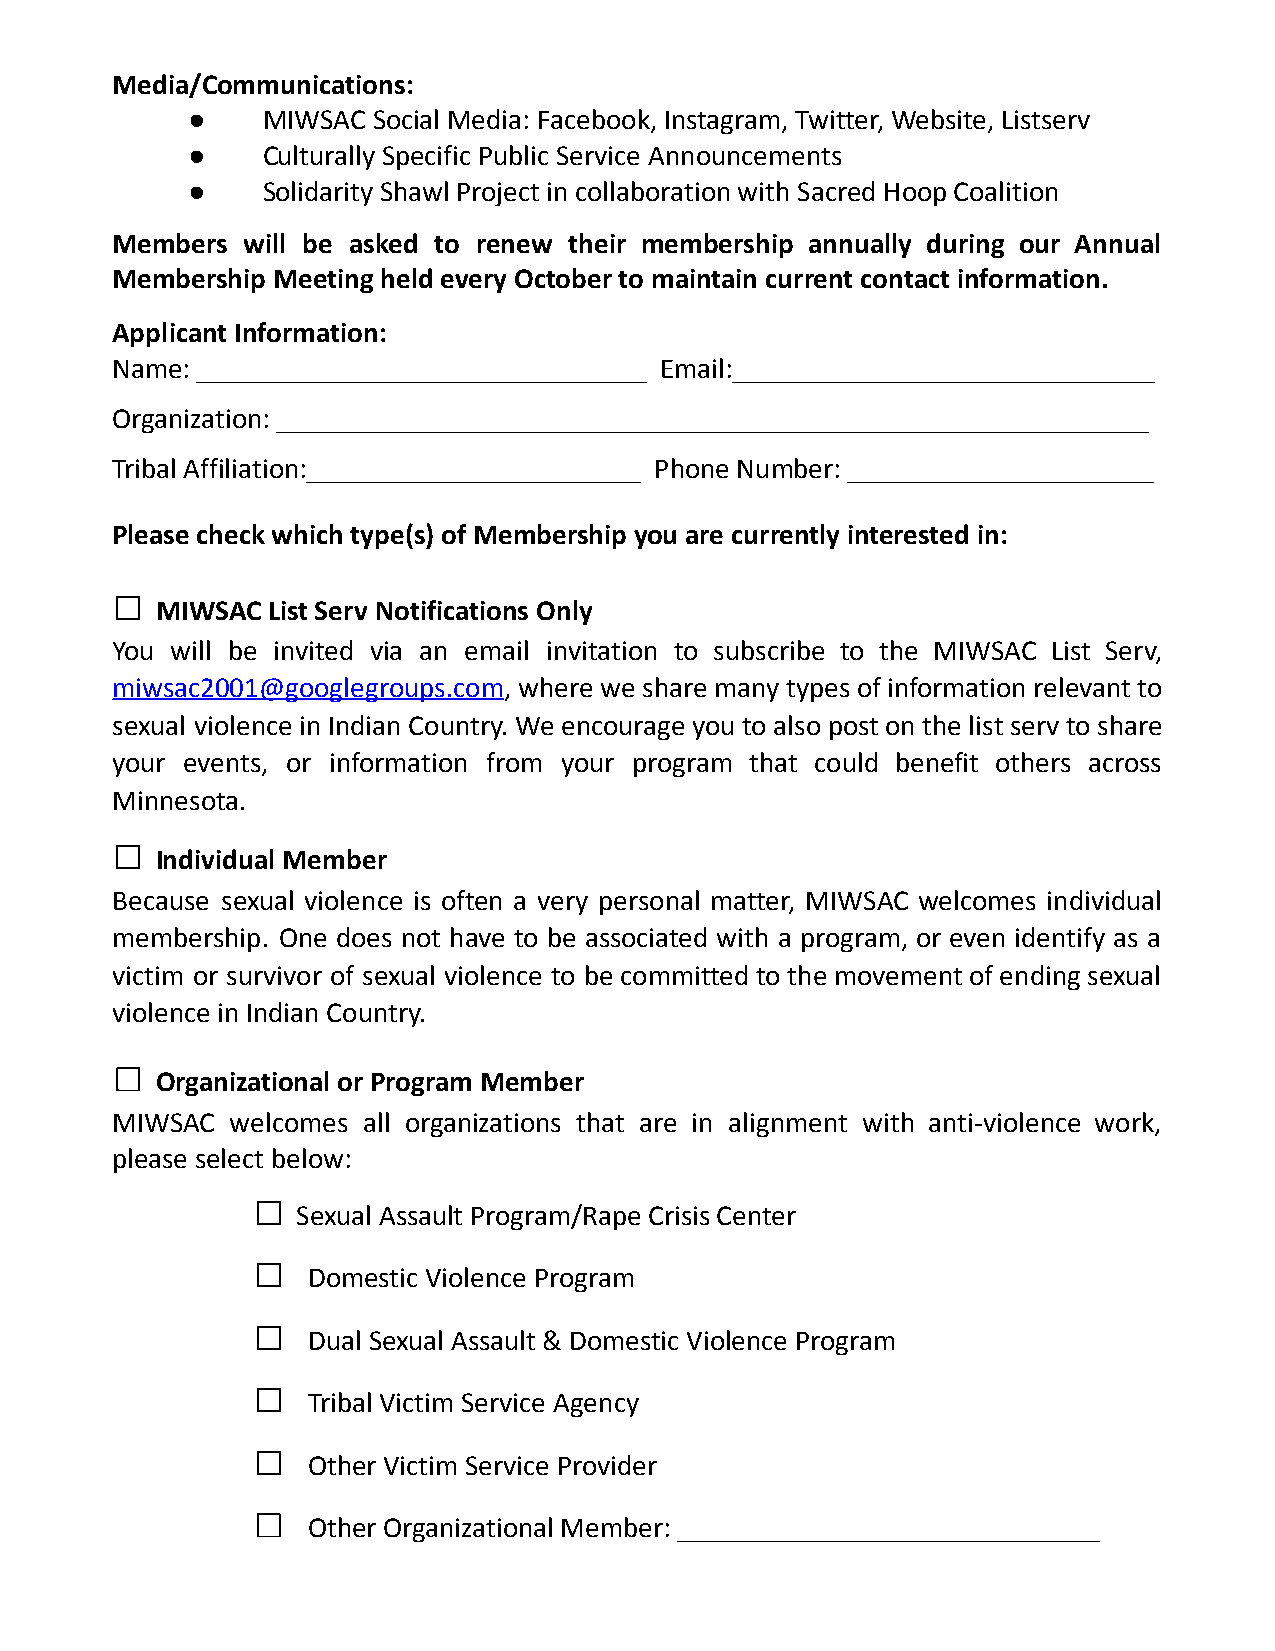
Media/Communications:
 ●    MIWSAC  Social Media: Facebook, Instagram, Twitter, Website, Listserv
 ●    Culturally Specific Public Service Announcements
 ●    Solidarity Shawl Project in collaboration with Sacred Hoop Coalition
 Members  will be asked to renew their membership annually during our Annual
 Membership Meeting held every October to maintain current contact information.
 Applicant Information:
 Name: _______________________________ Email:_____________________________
 Organization: ____________________________________________________________
 Tribal Affiliation:_______________________ Phone Number: _____________________
 Please check which type(s) of Membership you are currently interested in:
 □
 MIWSAC  List Serv Notifications Only
 You will be invited via an email invitation to subscribe to the MIWSAC List Serv,
 miwsac2001@googlegroups.com, where we share many types of information relevant to
 sexual violence in Indian Country. We encourage you to also post on the list serv to share
 your events, or information from your program that could benefit others across
 Minnesota.
 □
 Individual Member
 Because sexual violence is often a very personal matter, MIWSAC welcomes individual
 membership. One does not have to be associated with a program, or even identify as a
 victim or survivor of sexual violence to be committed to the movement of ending sexual
 violence in Indian Country.
 □
 Organizational or Program Member
 MIWSAC  welcomes all organizations that are in alignment with anti-violence work,
 please select below:
 □
 Sexual Assault Program/Rape Crisis Center
 □
 Domestic Violence Program
 □
 Dual Sexual Assault & Domestic Violence Program
 □
 Tribal Victim Service Agency
 □
 Other Victim Service Provider
 □
 Other Organizational Member: _____________________________